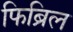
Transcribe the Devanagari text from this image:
फिब्रिल